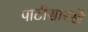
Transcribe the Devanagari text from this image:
पाटीसारखे